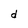
Character: d